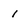
Character: 1